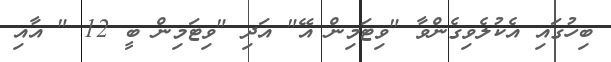
ބިހުގައި އެކުލެވިގެންވާ "ވިޓަމިން އޭ" އަދި "ވިޓަމިން ބީ 12 " އާއި